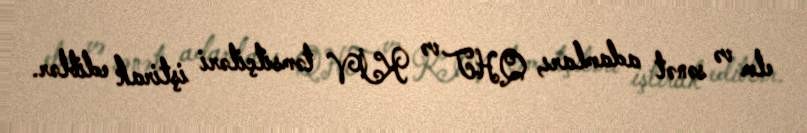
elm və sənət adamları, QHT və KİV təmsilçiləri iştirak ediblər.